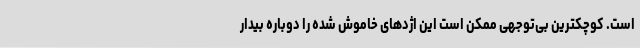
است. کوچکترین بی‌توجهی ممکن است این اژدهای خاموش شده را دوباره بیدار